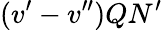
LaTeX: (v^{\prime}-v^{\prime\prime})QN^{\prime}